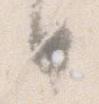
日